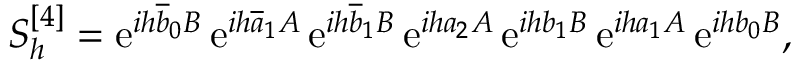
S _ { h } ^ { [ 4 ] } = \ensuremath { \mathrm { e } } ^ { i h \overline { { b } } _ { 0 } B } \, \ensuremath { \mathrm { e } } ^ { i h \overline { { a } } _ { 1 } A } \, \ensuremath { \mathrm { e } } ^ { i h \overline { { b } } _ { 1 } B } \, \ensuremath { \mathrm { e } } ^ { i h a _ { 2 } A } \, \ensuremath { \mathrm { e } } ^ { i h b _ { 1 } B } \, \ensuremath { \mathrm { e } } ^ { i h a _ { 1 } A } \, \ensuremath { \mathrm { e } } ^ { i h b _ { 0 } B } ,